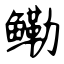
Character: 鳓